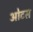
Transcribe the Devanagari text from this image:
ओटस